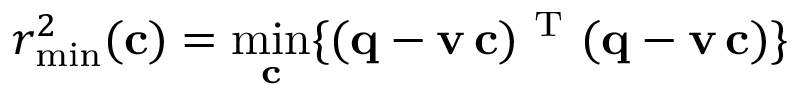
r _ { \operatorname* { m i n } } ^ { 2 } ( \mathbf { c } ) = \operatorname* { m i n } _ { \mathbf { c } } \{ ( \bf q - v \, c ) ^ { \mathrm { ~ T ~ } } ( \bf q - v \, c ) \}